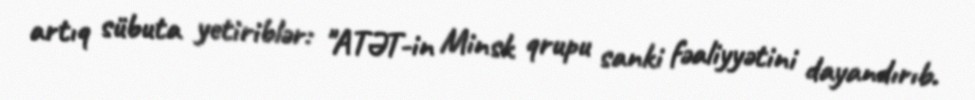
artıq sübuta yetiriblər: "ATƏT-in Minsk qrupu sanki fəaliyyətini dayandırıb.